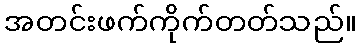
အတင်းဖက်ကိုက်တတ်သည်။